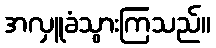
အလှူခံသွားကြသည်။